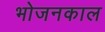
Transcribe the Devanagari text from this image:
भोजनकाल